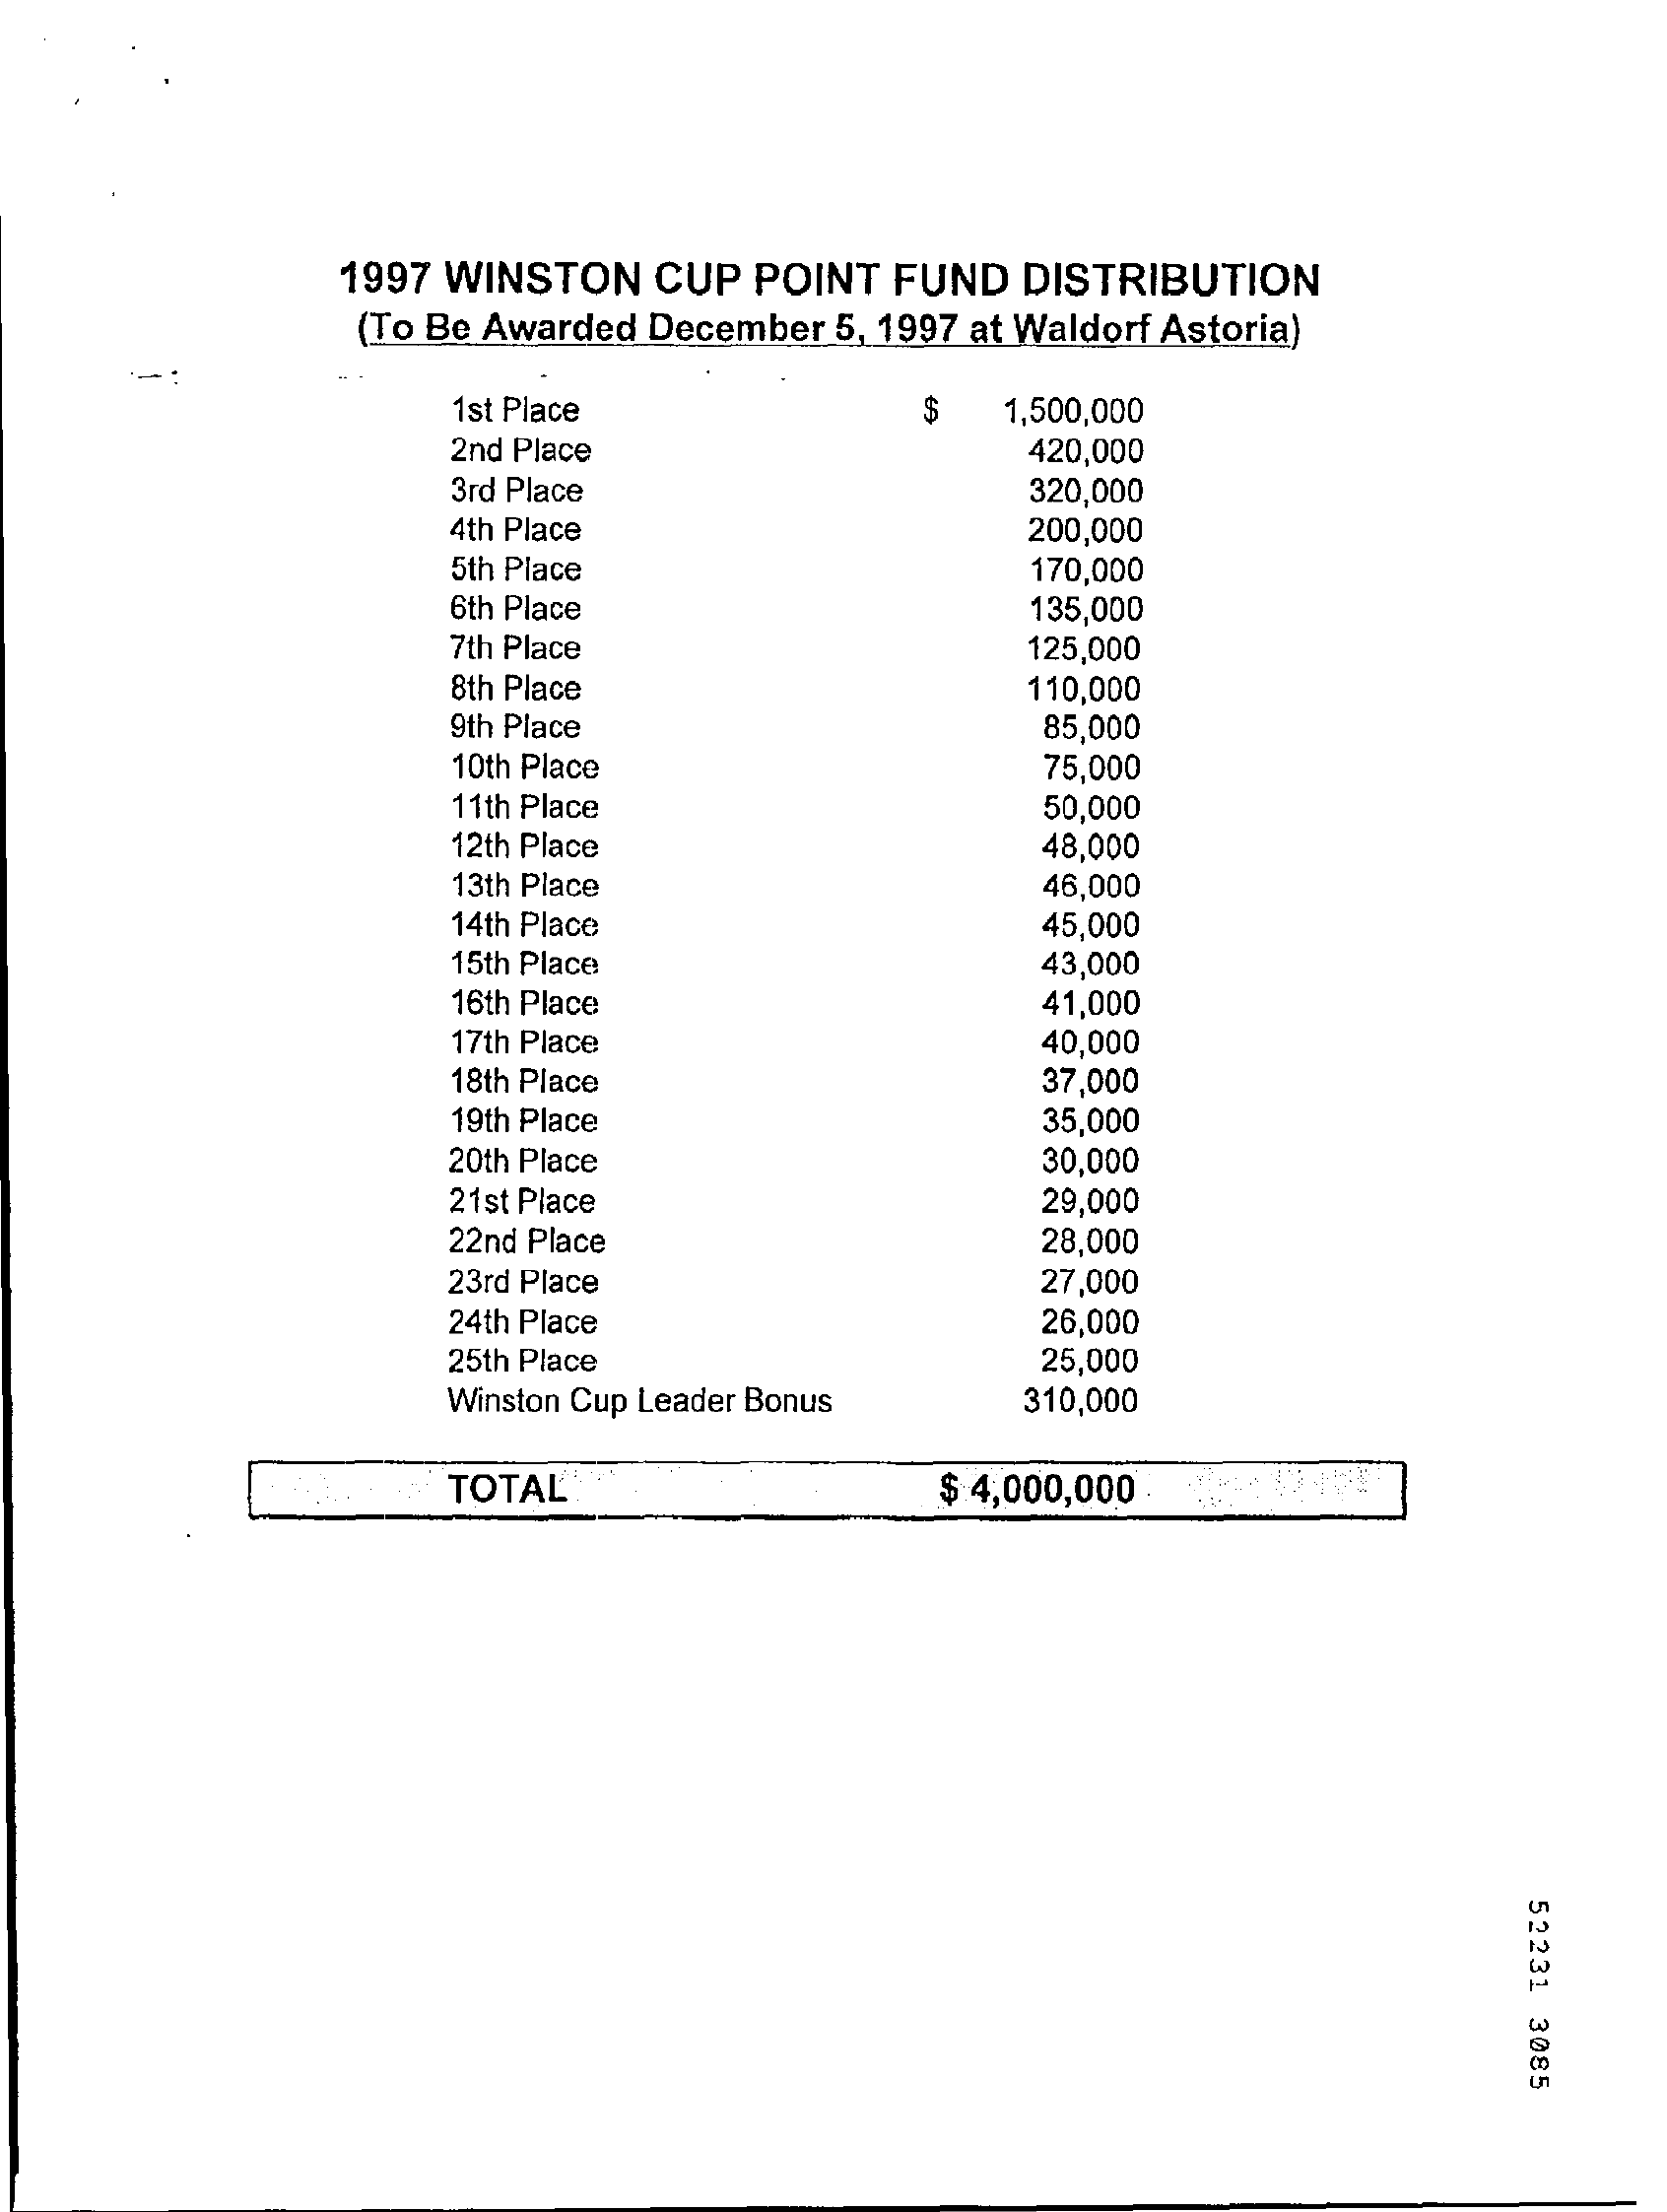
1997 WINSTON  CUP POINT FUND  DISTRIBUTION
     (To Be Awarded December 5, 1997 at Waldorf Astoria)
     1st Place    $   1,500,000
     2nd Place    420,000
     3rd Place    320,000
     4th Place    200,000
     5th Place    170,000
     6th Place    135,000
     7th Place    125,000
     8th Place    110,000
     9th Place    85,000
     10th Place    75,000
     11th Place    50,000
     12th Place    48,000
     13th Place    46,000
     14th Place    45,000
     15th Place    43,000
     16th Place    41,000
     17th Place    40,000
     18th Place    37,000
     19th Place    35,000
     20th Place    30,000
     21st Place    29,000
     22nd Place    28,000
     23rd Place    27,000
     24th Place    26,000
     25th Place    25,000
     Winston Cup Leader Bonus  310,000
     TOTAL    $ 4,000,000
     52231
     3085